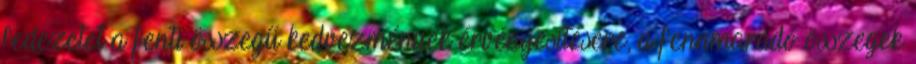
fedezetet a fenti összegű kedvezmények érvényesítésére, a fennmaradó összegek